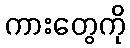
ကားတွေကို